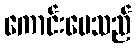
ကောင်းပေသည်